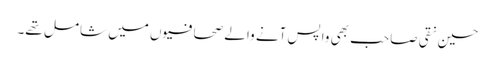
حسین نقی صاحب بھی واپس آنے والے صحافیوں میں شامل تھے۔